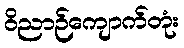
ဝိညာဉ်ကျောက်တုံး